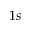
1 s